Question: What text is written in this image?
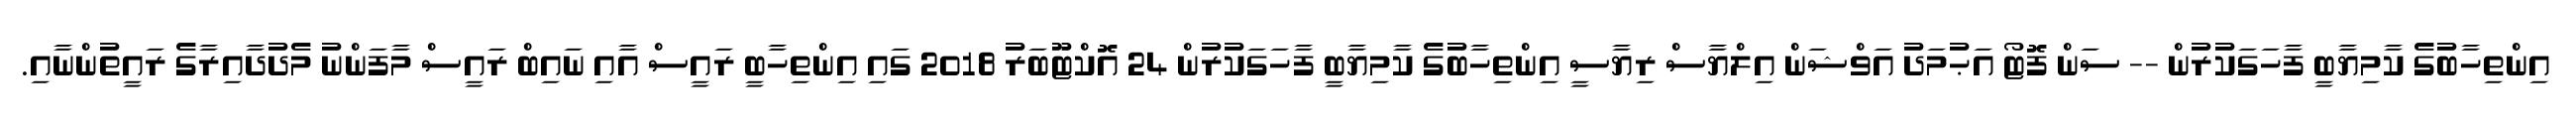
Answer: އިންތިހާބުގެ ކާމިޔާބީ ފާހަގަކުރުން -- ސަން ފޮޓޯ އަޙުމަދު އަވްޝަން އިލްޔާސް ރިޔާސީ އިންތިހާބުގެ ކާމިޔާބީ ފާހަގަކުރުން 24 އޮކްޓޫބަރު 2018 ގައި އިންތިހާބީ ރައީސް އާއި ނައިބް ރައީސް މާފަންނު މެދުދާއިރާގެ ރައީތުންނާއި.